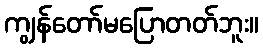
ကျွန်တော်မပြောတတ်ဘူး။